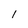
Character: 1